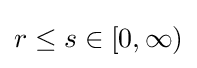
r\leq s\in [0,\infty )